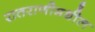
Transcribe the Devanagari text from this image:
रातराणीमधील